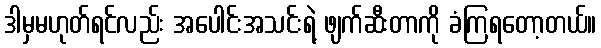
ဒါမှမဟုတ်ရင်လည်း အပေါင်းအသင်းရဲ့ ဖျက်ဆီးတာကို ခံကြရတော့တယ်။